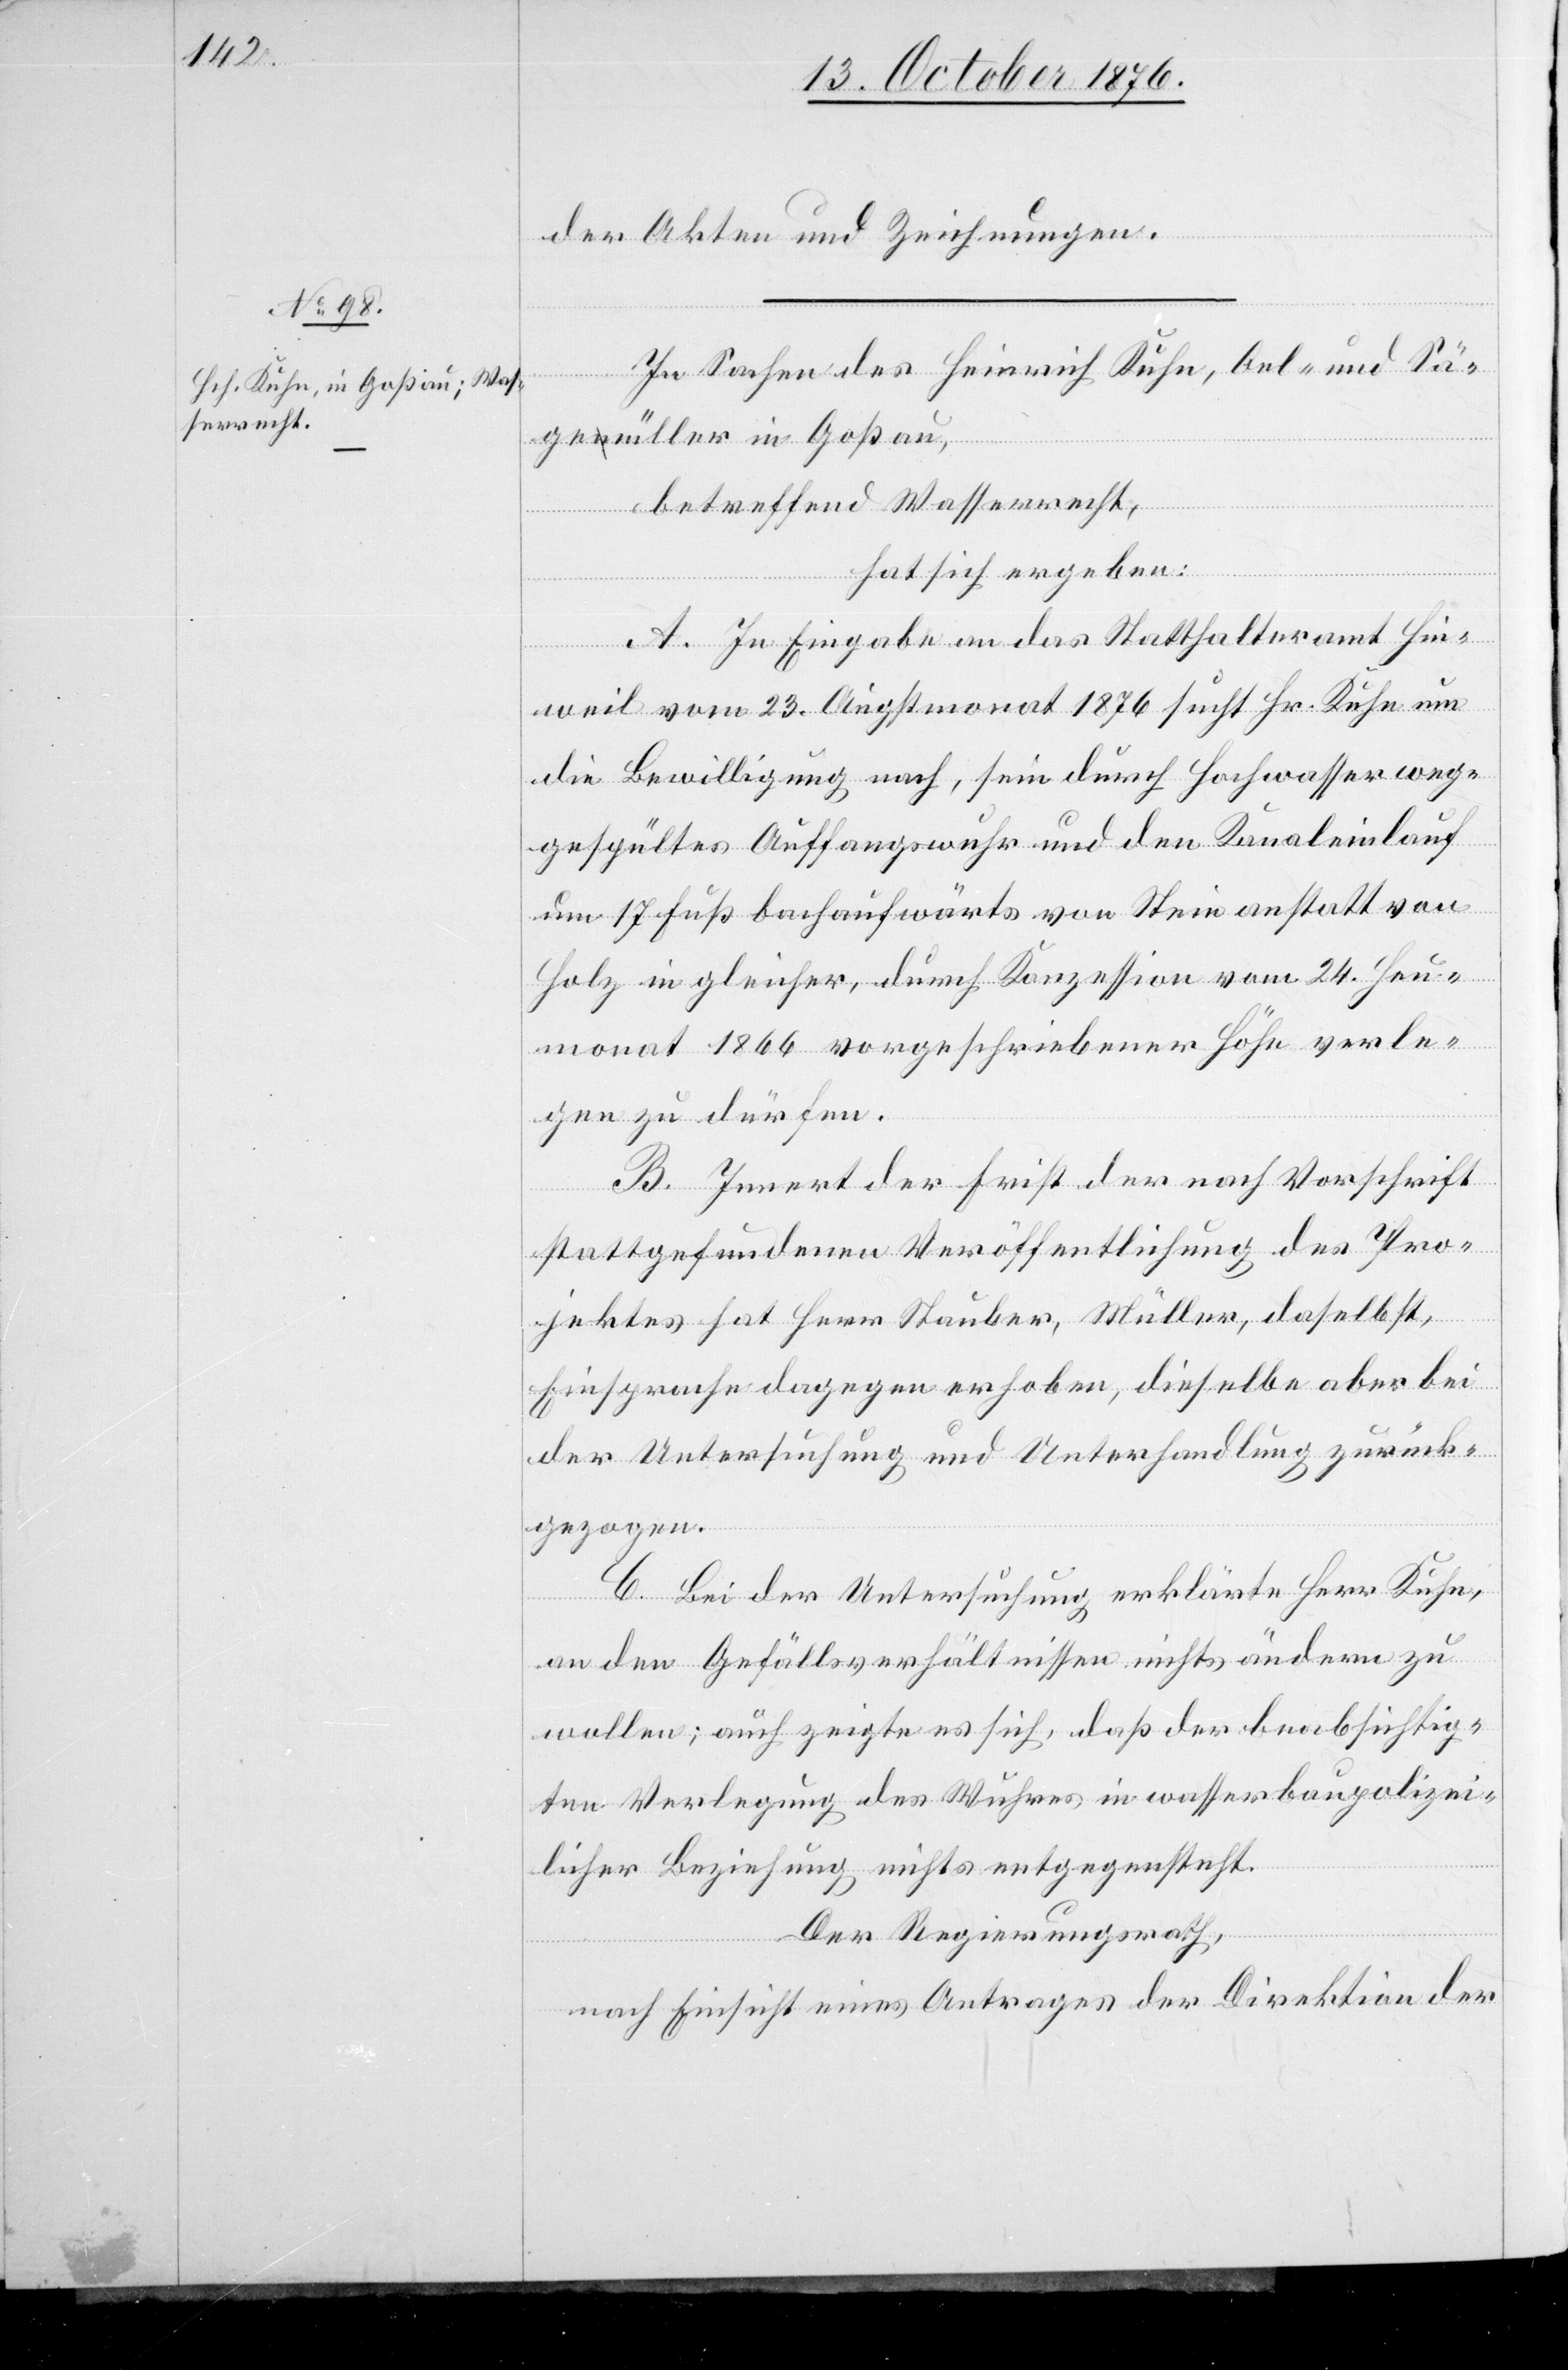
der Akten und Zeichnungen.
In Sachen des Heinrich Kuhn, Oel- und Sä¬
gemüller in Goßau,
betreffend Wasserrecht,
hat sich ergeben:
A. In Eingabe an das Statthalteramt Hin¬
weil vom 23. Augstmonat 1876 sucht Hr. Kuhn um
die Bewilligung nach, sein durch Hochwasser weg¬
gespültes Auffangswuhr und den Kanaleinlauf
um 17 Fuß bachaufwärts von Stein anstatt von
Holz in gleicher, durch Konzession vom 24. Heu¬
monat 1866 vorgeschriebener Höhe verle¬
gen zu dürfen.
B. Innert der Frist der nach Vorschrift
stattgefundenen Veröffentlichung des Pro¬
jektes hat Herr Stauber, Müller, daselbst,
Einsprache dagegen erhoben, dieselbe aber bei
der Untersuchung und Unterhandlung zurück¬
gezogen.
C. Bei der Untersuchung erklärte Herr Kuhn,
an den Gefällsverhältnissen nicht ändern zu
wollen; auch zeigte es sich, daß der beabsichtig¬
ten Verlegung des Wuhres in wasserbaupolizei¬
licher Beziehung nichts entgegensteht.
Der Regierungsrath,
nach Einsicht eines Antrages der Direktion der